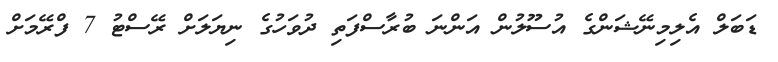
ޑަބަލް އެލިމިނޭޝަންގެ އުސޫލުން އަންނަ ބުރާސްފަތި ދުވަހުގެ ނިޔަލަށް ރޭސްޓު 7 ފްރޭމަށް